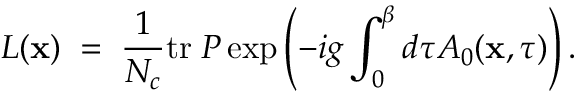
L ( { \bf x } ) \; = \; { \frac { 1 } { N _ { c } } } \mathrm { t r } \; { \cal P } \exp \left( - i g \int _ { 0 } ^ { \beta } d \tau A _ { 0 } ( { \bf x } , \tau ) \right) .